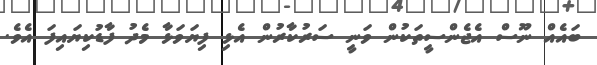
ބައެއް ނޫސް އެޖެންސީތަކުން ވަނީ ސަރުކާރުން އެޅި ފިޔަވަޅާ މެދު ފާޑުކިޔައިފަ އެވެ.